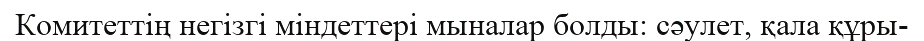
Комитеттің негізгі міндеттері мыналар болды: сәулет, қала құры-